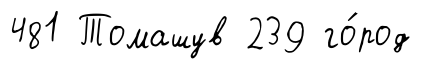
481 Томашув 239 го́род